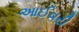
આઈવરી